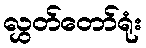
လွှတ်တော်ရုံး